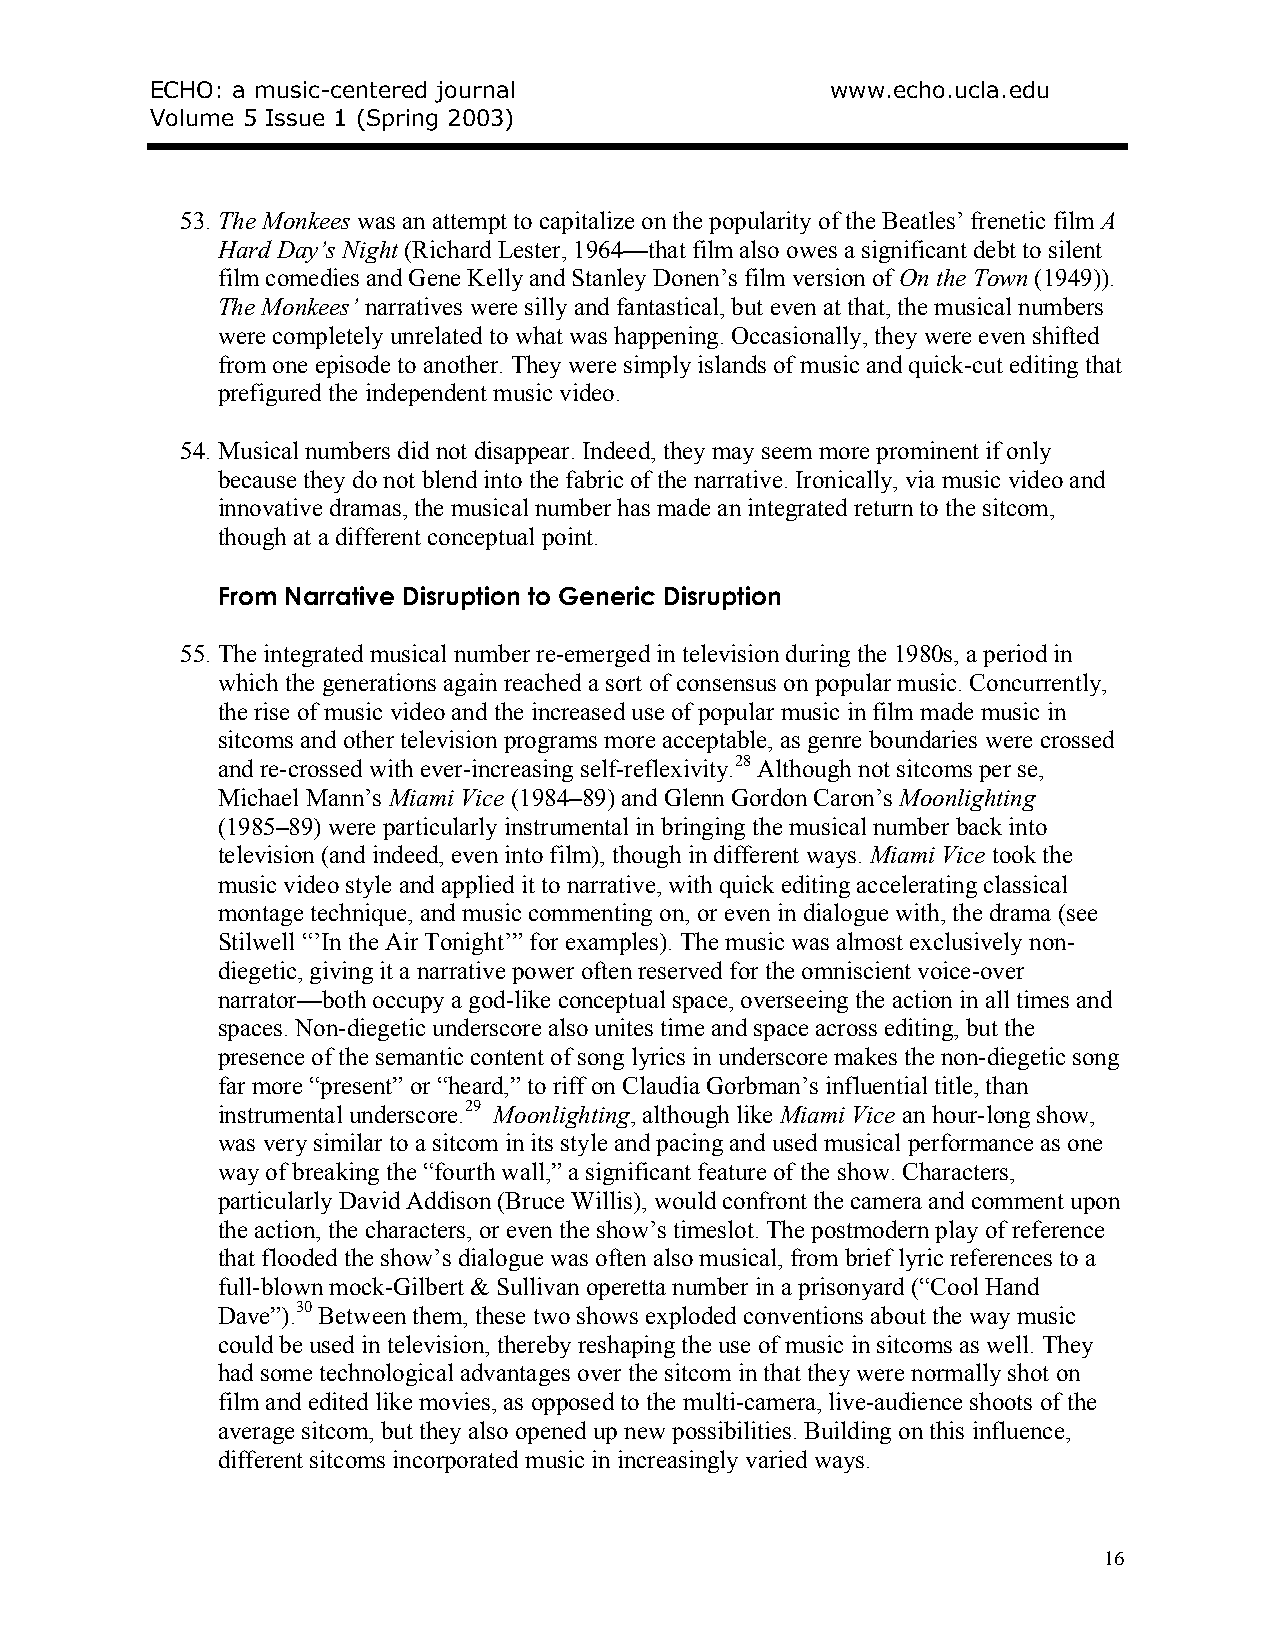
ECHO: a music-centered journal               www.echo.ucla.edu
 Volume 5 Issue 1 (Spring 2003)
 53. The Monkees was an attempt to capitalize on the popularity of the Beatles’ frenetic film A
 Hard Day’s Night (Richard Lester, 1964—that film also owes a significant debt to silent
 film comedies and Gene Kelly and Stanley Donen’s film version of On the Town (1949)).
 The Monkees’ narratives were silly and fantastical, but even at that, the musical numbers
 were completely unrelated to what was happening. Occasionally, they were even shifted
 from one episode to another. They were simply islands of music and quick-cut editing that
 prefigured the independent music video.
 54. Musical numbers did not disappear. Indeed, they may seem more prominent if only
 because they do not blend into the fabric of the narrative. Ironically, via music video and
 innovative dramas, the musical number has made an integrated return to the sitcom,
 though at a different conceptual point.
 From Narrative Disruption to Generic Disruption
 55. The integrated musical number re-emerged in television during the 1980s, a period in
 which the generations again reached a sort of consensus on popular music. Concurrently,
 the rise of music video and the increased use of popular music in film made music in
 sitcoms and other television programs more acceptable, as genre boundaries were crossed
 and re-crossed with ever-increasing self-reflexivity.28 Although not sitcoms per se,
 Michael Mann’s Miami Vice (1984–89) and Glenn Gordon Caron’s Moonlighting
 (1985–89) were particularly instrumental in bringing the musical number back into
 television (and indeed, even into film), though in different ways. Miami Vice took the
 music video style and applied it to narrative, with quick editing accelerating classical
 montage technique, and music commenting on, or even in dialogue with, the drama (see
 Stilwell “’In the Air Tonight’” for examples). The music was almost exclusively non-
 diegetic, giving it a narrative power often reserved for the omniscient voice-over
 narrator—both occupy a god-like conceptual space, overseeing the action in all times and
 spaces. Non-diegetic underscore also unites time and space across editing, but the
 presence of the semantic content of song lyrics in underscore makes the non-diegetic song
 far more “present” or “heard,” to riff on Claudia Gorbman’s influential title, than
 instrumental underscore.29 Moonlighting, although like Miami Vice an hour-long show,
 was very similar to a sitcom in its style and pacing and used musical performance as one
 way of breaking the “fourth wall,” a significant feature of the show. Characters,
 particularly David Addison (Bruce Willis), would confront the camera and comment upon
 the action, the characters, or even the show’s timeslot. The postmodern play of reference
 that flooded the show’s dialogue was often also musical, from brief lyric references to a
 full-blown mock-Gilbert & Sullivan operetta number in a prisonyard (“Cool Hand
 Dave”).30 Between them, these two shows exploded conventions about the way music
 could be used in television, thereby reshaping the use of music in sitcoms as well. They
 had some technological advantages over the sitcom in that they were normally shot on
 film and edited like movies, as opposed to the multi-camera, live-audience shoots of the
 average sitcom, but they also opened up new possibilities. Building on this influence,
 different sitcoms incorporated music in increasingly varied ways.
 16